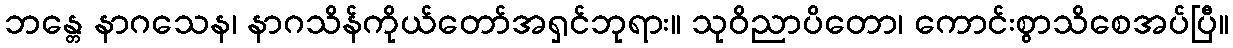
ဘန္တေ နာဂသေန၊ နာဂသိန်ကိုယ်တော်အရှင်ဘုရား။ သုဝိညာပိတော၊ ကောင်းစွာသိစေအပ်ပြီ။